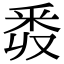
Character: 𨤑